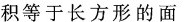
积等于长方形的面